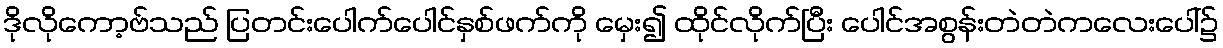
ဒိုလိုကော့ဗ်သည် ပြတင်းပေါက်ပေါင်နှစ်ဖက်ကို မှေး၍ ထိုင်လိုက်ပြီး ပေါင်အစွန်းတဲတဲကလေးပေါ်၌